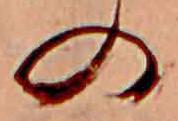
の